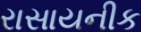
રાસાયનીક